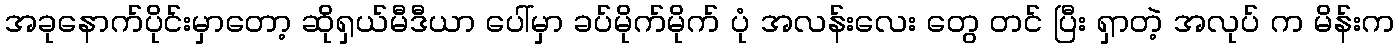
အခုနောက်ပိုင်းမှာတော့ ဆိုရှယ်မီဒီယာ ပေါ်မှာ ခပ်မိုက်မိုက် ပုံ အလန်းလေး တွေ တင် ပြီး ရှာတဲ့ အလုပ် က မိန်းက